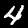
Label: 4